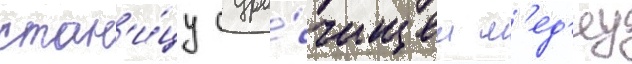
стан'и́цу с уро́чищем м'ед'еу